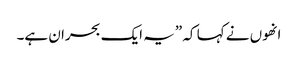
انھوں نے کہا کہ ”یہ ایک بحران ہے۔